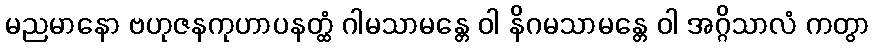
မညမာနော ဗဟုဇနကုဟာပနတ္ထံ ဂါမသာမန္တေ ဝါ နိဂမသာမန္တေ ဝါ အဂ္ဂိသာလံ ကတွာ